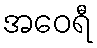
အဝေရီ